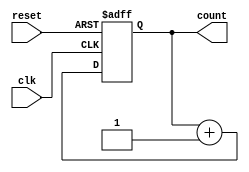
module synchronous_counter (
    input wire clk,     // Clock input
    input wire reset,   // Reset input
    output reg [3:0] count // 4-bit counter output
);

always @(posedge clk or posedge reset) begin
    if (reset) begin
        count <= 4'b0000; // Reset the counter to 0
    end else begin
        count <= count + 1; // Increment the counter on each clock edge
    end
end

endmodule